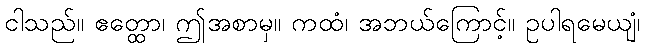
ငါသည်။ ဧတ္ထော၊ ဤအစာမှ။ ကထံ၊ အဘယ်ကြောင့်။ ဥပါရမေယျံ၊